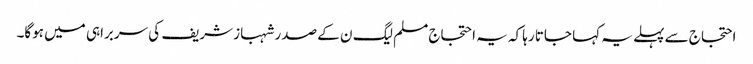
احتجاج سے پہلے یہ کہا جاتا رہا کہ یہ احتجاج مسلم لیگ ن کے صدر شہباز شریف کی سربراہی میں ہوگا۔